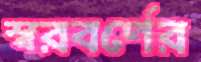
স্বরবর্ণের